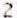
2